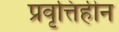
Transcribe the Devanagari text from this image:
प्रवृत्तिहीन